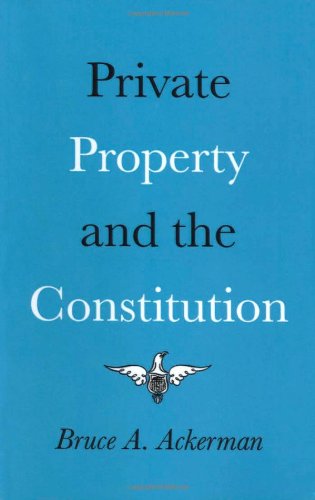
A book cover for Private Property and the Constitution; Bruce Ackerman; Law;